Indian journal of veterinary science and animal husbandry - Volume 1,
Year: 1931
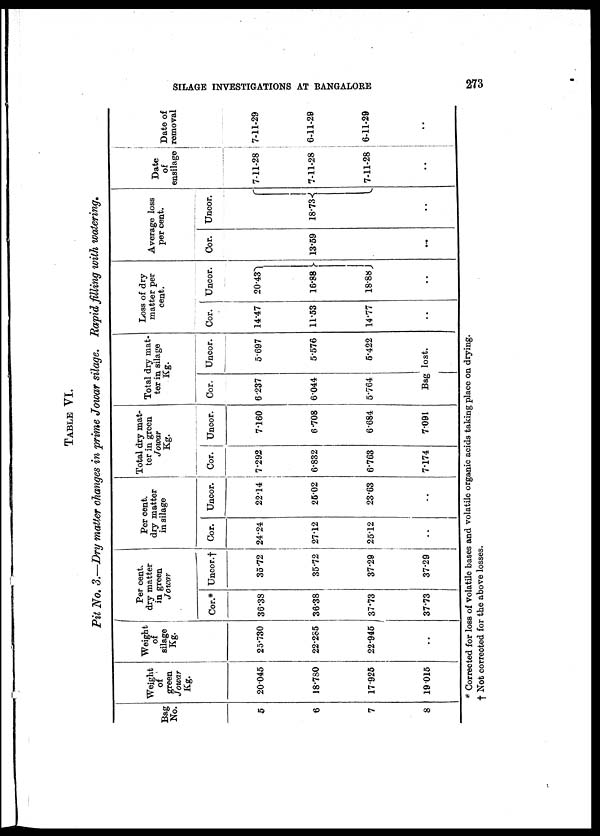
SILAGE INVESTIGATIONS AT BANGALORE
273
TABLE VI.
Pit No. 3.—Dry matter changes in prime Jowar silage. Rapid filling with watering.
Bag
No.
5
6
7
8
Weight
of
green
Jowar
Kg.
20.045
18.780
17.926
19.015
Weight
of
silage
Kg.
25.730
22.285
22.945
..
Per cent.
dry matter
in green
Jowar
Cor.*
36.38
36.38
37.73
37.73
Uncor.†
35.72
35.72
37.29
37.29
Per cent.
dry matter
in silage
Cor.
24.24
27.12
25.12
..
Uncor.
22.14
25.02
23.63
..
Total dry mat-
ter in green
Jowar
Kg.
Cor.
7.292
6.832
6.763
7.174
Uncor.
7.160
6.708
6.684
7.091
Total dry mat-
ter in silage
Kg.
Cor.
6.237
6.044
5.764
Bag
Uncor.
5.697
5.576
5.422
lost.
Loss of dry
matter per
cent.
Cor.
14.47
11.53
14.77
..
Uncor.
20.43
16.88 }
18.88
..
Average loss
per cent.
Cor.
13.59
..
..
Uncor.
18.73
..
..
Date
of
ensilage
7-11-28
7-11-28
7-11-28
..
Date of
removal
7-11-29
6-11-29
6-11-29
..
* Corrected for loss of volatile bases and volatile organic acids taking place on drying.
† Not corrected for the above losses.